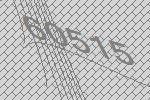
60515